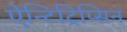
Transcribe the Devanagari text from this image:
ऐन्टिट्रिप्सिन